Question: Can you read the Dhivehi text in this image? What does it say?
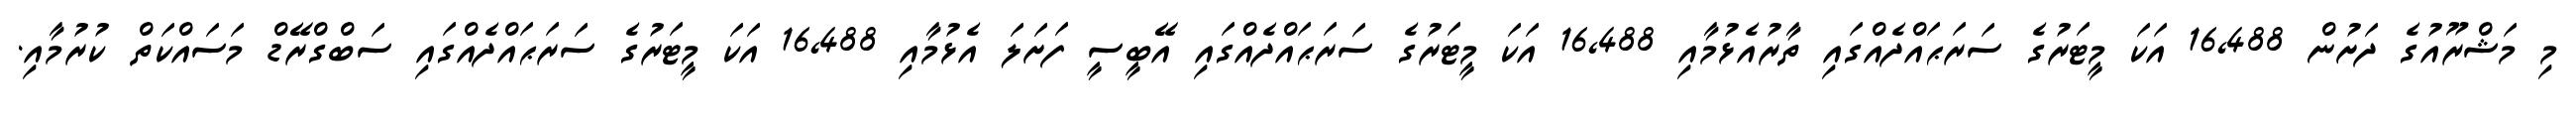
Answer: މި މަޝްރޫއުގެ ދަށުން 16,488 އަކަ މީޓަރުގެ ސަރަޙައްދެއްގައި ތާރުއެޅުމާއި 16,488 އަކަ މީޓަރުގެ ސަރަޙައްދެއްގައި އޭބީސީ ފަށަލަ އެޅުމާއި 16,488 އަކަ މީޓަރުގެ ސަރަޙައްދެއްގައި ސަބްގްރޭޑް މަސައްކަތް ކުރުމާއި.